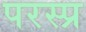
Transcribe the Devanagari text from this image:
परस्प्र